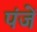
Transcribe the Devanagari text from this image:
पंजें